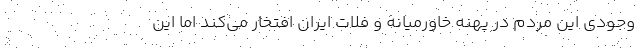
وجودی این مردم در پهنه خاورمیانه و فلات ایران افتخار می‌کند اما این